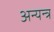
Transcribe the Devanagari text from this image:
अन्यन्त्र